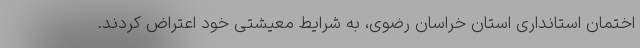
اختمان استانداری استان خراسان رضوی، به شرایط معیشتی خود اعتراض کردند.